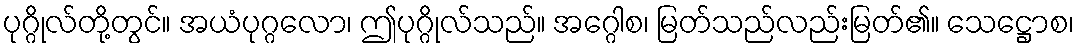
ပုဂ္ဂိုလ်တို့တွင်။ အယံပုဂ္ဂလော၊ ဤပုဂ္ဂိုလ်သည်။ အဂ္ဂေါစ၊ မြတ်သည်လည်းမြတ်၏။ သေဋ္ဌောစ၊